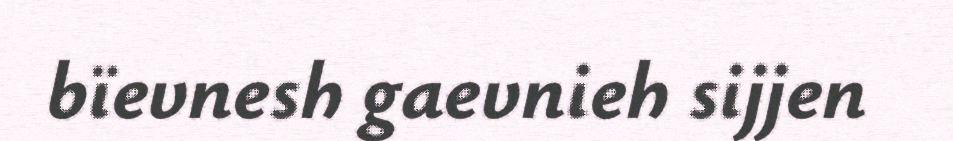
bïevnesh gaevnieh sijjen